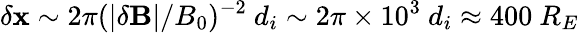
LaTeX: \delta\mathbf{x}\sim2\pi(|\delta\mathbf{{B}}|/B_{0})^{-2}~d_{i}\sim2\pi\times10^{3}~d_{i}\approx400~R_{E}